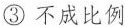
③不成比例